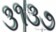
૩૧૩૭